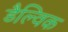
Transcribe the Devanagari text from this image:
डैल्विक